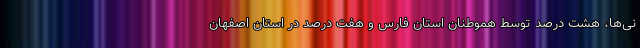
نی‌ها، هشت درصد توسط هموطنان استان فارس و هفت درصد در استان اصفهان